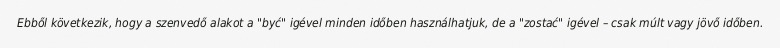
Ebből következik, hogy a szenvedő alakot a "być" igével minden időben használhatjuk, de a "zostać" igével – csak múlt vagy jövő időben.